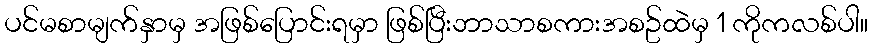
ပင်မစာမျက်နှာမှ အဖြစ်ပြောင်းရမှာ ဖြစ်ပြီးဘာသာစကားအစဥ်ထဲမှ 1 ကိုကလစ်ပါ။